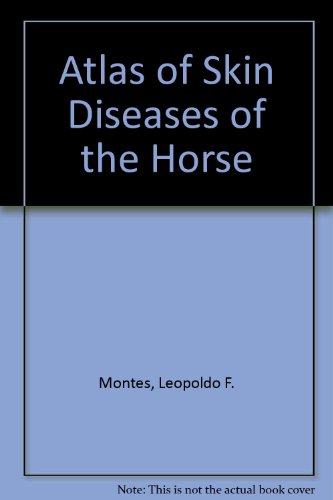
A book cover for Atlas of Skin Diseases of the Horse; Leopoldo F. Montes; Medical Books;